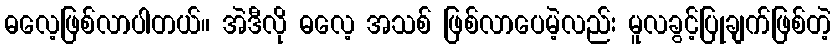
ဓလေ့ဖြစ်လာပါတယ်။ အဲဒီလို ဓလေ့ အသစ် ဖြစ်လာပေမဲ့လည်း မူလခွင့်ပြုချက်ဖြစ်တဲ့